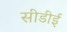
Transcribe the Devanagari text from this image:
सीडीई